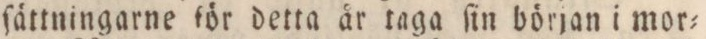
ſättningarne för detta år taga ſin början i mor=